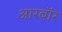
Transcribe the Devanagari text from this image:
आरबॉर